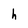
Character: h